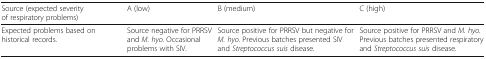
<table><thead><tr><td><b>Source (expected severity of respiratory problems)</b></td><td><b>A (low)</b></td><td><b>B (medium)</b></td><td><b>C (high)</b></td></tr></thead><tbody><tr><td>Expected problems based on historical records.</td><td>Source negative for PRRSV and <i>M. hyo</i>. Occasional problems with SIV.</td><td>Source positive for PRRSV but negative for <i>M. hyo</i>. Previous batches presented SIV and <i>Streptococcus suis</i> disease.</td><td>Source positive for PRRSV and <i>M. hyo</i>. Previous batches presented respiratory and <i>Streptococcus suis</i> disease.</td></tr></tbody></table>